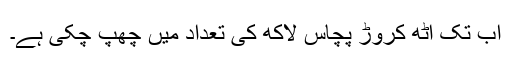
اب تک آٹھ کروڑ پچاس لاکھ کی تعداد میں چھپ چکی ہے۔